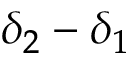
\delta _ { 2 } - \delta _ { 1 }